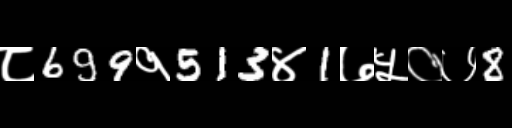
Text: ८699१513४1७५०७8